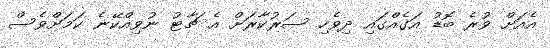
އެއަށް ވުރެ ބޮޑު އަގެއްގައި ދިވެހި ސަރުކާރަށް އެ ޗާޓު ނުވިއްކޭނެ ކަމަށްވެސް